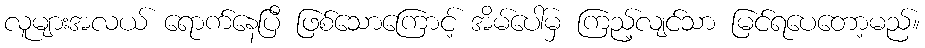
လူများအလယ် ရောက်နေပြီ ဖြစ်သောကြောင့် အိမ်ပေါ်မှ ကြည့်လျင်သာ မြင်ရပေတော့မည်။